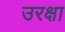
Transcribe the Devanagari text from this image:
उरक्षा